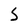
Character: S